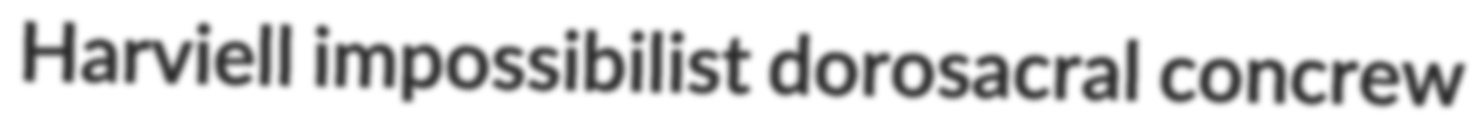
Harviell impossibilist dorosacral concrew